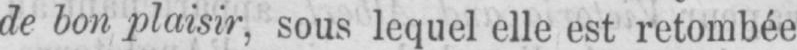
de bon plaisir, sous lequel elle est retombée